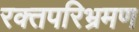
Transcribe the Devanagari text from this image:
रक्तपरिभ्रमण